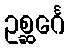
ဥစ္ဆင်္ဂေ